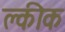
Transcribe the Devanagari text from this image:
क्लीक